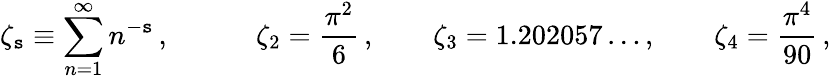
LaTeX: \zeta_{\mathtt{s}}\equiv\sum_{n=1}^{\infty}n^{-\mathtt{s}}\, ,\qquad\quad\zeta_{2}={\frac{{\pi^{2}}}{{6}}}\, ,\qquad\zeta_{3}=1.202057\ldots,\qquad\zeta_{4}={\frac{{\pi^{4}}}{{90}}}\, ,